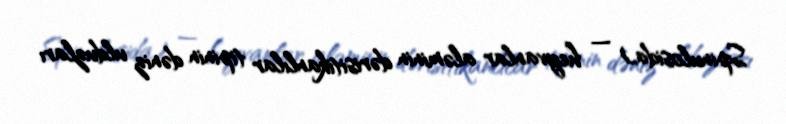
Spinulosida) — heyvanlar aləminin dərisitikanlılar tipinin dəniz ulduzları